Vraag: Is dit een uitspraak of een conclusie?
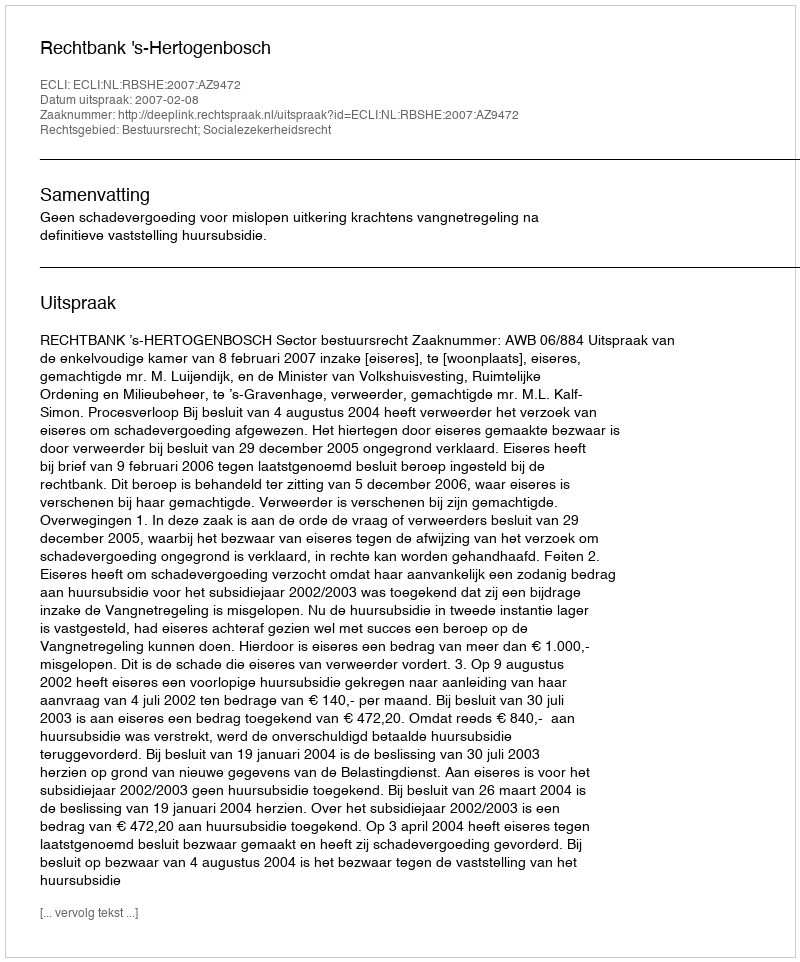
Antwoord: Uitspraak